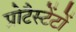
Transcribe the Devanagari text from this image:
प्रोटैस्टेंटों